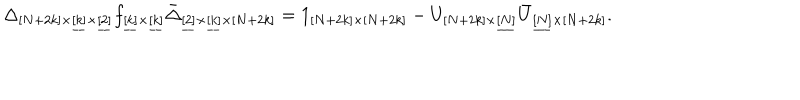
LaTeX: \Delta _ { [ N + 2 k ] \times \underline { { { [ k ] } } } \times \underline { { { [ 2 ] } } } } f _ { \underline { { { [ k ] } } } \times \underline { { { [ k ] } } } } \bar { \Delta } _ { \underline { { { [ 2 ] } } } \times \underline { { { [ k ] } } } \times [ N + 2 k ] } = 1 _ { [ N + 2 k ] \times [ N + 2 k ] } - U _ { [ N + 2 k ] \times \underline { { { [ N ] } } } } \bar { U } _ { \underline { { { [ N ] } } } \times [ N + 2 k ] } .